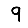
Digit: 9